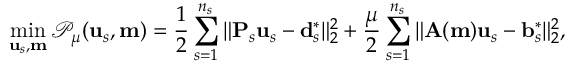
\operatorname* { m i n } _ { \mathbf { u } _ { s } , \mathbf { m } } \mathcal { P } _ { \mu } ( \mathbf { u } _ { s } , \mathbf { m } ) = \frac { 1 } { 2 } \sum _ { s = 1 } ^ { n _ { s } } \| \mathbf { P } _ { s } \mathbf { u } _ { s } - \mathbf { d } _ { s } ^ { * } \| _ { 2 } ^ { 2 } + \frac { \mu } { 2 } \sum _ { s = 1 } ^ { n _ { s } } \| \mathbf { A } ( \mathbf { m } ) \mathbf { u } _ { s } - \mathbf { b } _ { s } ^ { * } \| _ { 2 } ^ { 2 } ,